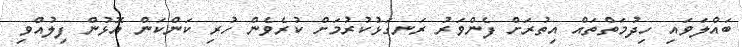
ބައްލަވައި ހިދުމަތްތައް އިތުރަށް ފެންވަރު ރަނގަޅުކުރުމަށް ކުރެވެން ހުރި ކަންކަން އޮޅުން ފިލުއްވި